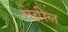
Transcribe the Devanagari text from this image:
गेब्रील